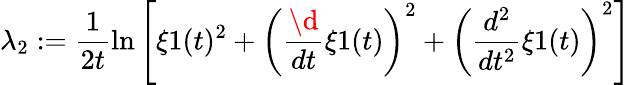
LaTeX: \lambda_{2}:=\frac{1}{2t}\ln\left[\xi 1(t)^{2}+{\left(\frac{\d}{dt}\xi 1(t)\right)}^{2}+{\left(\frac{d^{2}}{dt^{2}}\xi 1(t)\right)}^{2}\right]